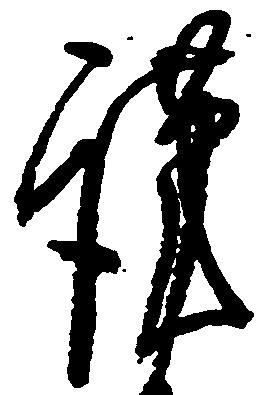
謹